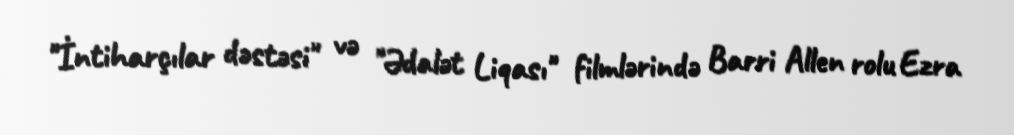
"İntiharçılar dəstəsi" və "Ədalət Liqası" filmlərində Barri Allen rolu Ezra